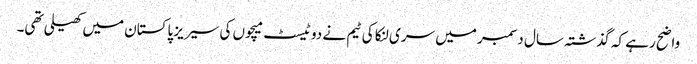
واضح رہے کہ گذشتہ سال دسمبر میں سری لنکا کی ٹیم نے دو ٹیسٹ میچوں کی سیریز پاکستان میں کھیلی تھی۔